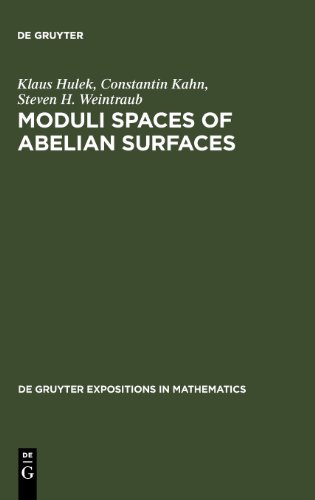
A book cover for Moduli Spaces of Abelian Surfaces (Topics in Sociolinguistics); Steven H. Weintraub; Science & Math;